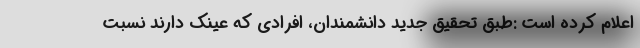
اعلام کرده است :طبق تحقیق جدید دانشمندان، افرادی که عینک دارند نسبت